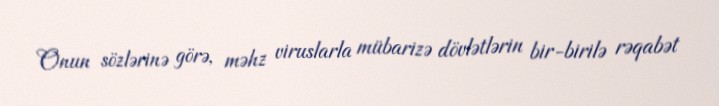
Onun sözlərinə görə, məhz viruslarla mübarizə dövlətlərin bir-birilə rəqabət